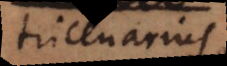
tricenarius